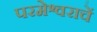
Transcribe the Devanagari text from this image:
परमेश्वराचें